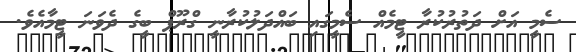
ސެމީ އަށް ދަތުރުކުރާ ޓީމެއް ސެމީގައި ބައްދަލުކުރާނީ ގްރޫޕް ބީގެ ދެވަނަ ޓީމާއެވެ.